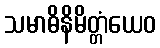
သမာဓိနိမိတ္တံယေဝ